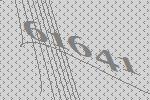
61641